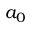
a _ { 0 }